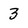
Character: 3